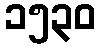
၁၅၃၀